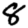
Digit: 8